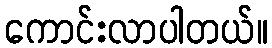
ကောင်းလာပါတယ်။